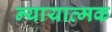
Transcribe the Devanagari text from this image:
न्यायात्मक